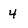
Character: 4